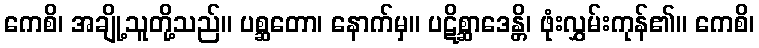
ကေစိ၊ အချို့သူတို့သည်။ ပစ္ဆတော၊ နောက်မှ။ ပဋိစ္ဆာဒေန္တိ၊ ဖုံးလွှမ်းကုန်၏။ ကေစိ၊